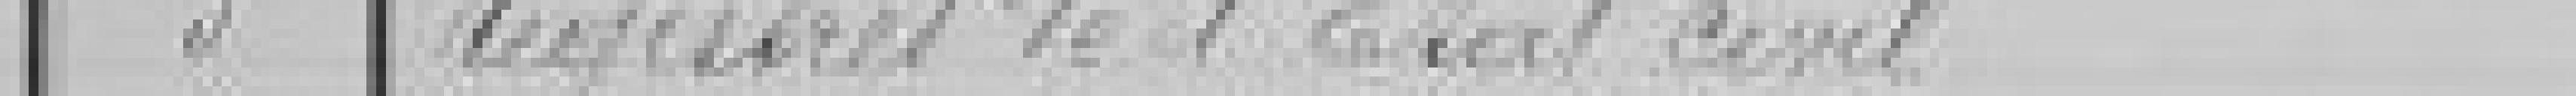
5 Registres d'Etat civil